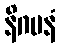
နိဂမနံ